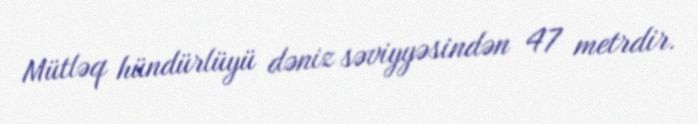
Mütləq hündürlüyü dəniz səviyyəsindən 47 metrdir.